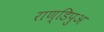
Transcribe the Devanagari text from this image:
राण्डिपुअ